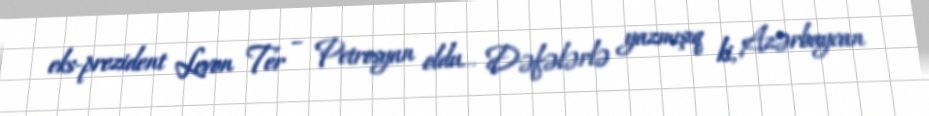
eks-prezident Levon Ter – Petrosyan oldu... Dəfələrlə yazmışıq ki, Azərbaycan